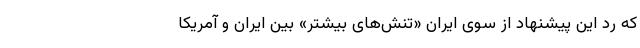
که رد این پیشنهاد از سوی ایران «تنش‌های بیشتر» بین ایران و آمریکا